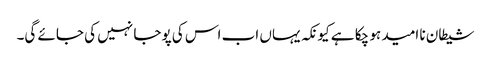
شیطان نا امید ہو چکا ہے کیونکہ یہاں اب اس کی پوجا نہیں کی جائے گی۔